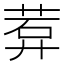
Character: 𬜽